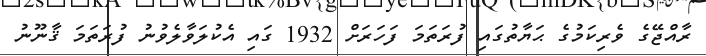
ރާއްޖޭގެ ވެރިކަމުގެ ޙަޔާތުގައި ފުރަތަމަ ފަހަރަށް 1932 ގައި އެކުލަވާލެވުނު ފުރަތަމަ ޤާނޫނު